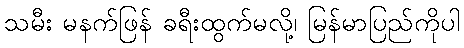
သမီး မနက်ဖြန် ခရီးထွက်မလို့၊ မြန်မာပြည်ကိုပါ